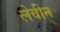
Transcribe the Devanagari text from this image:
लेवीन